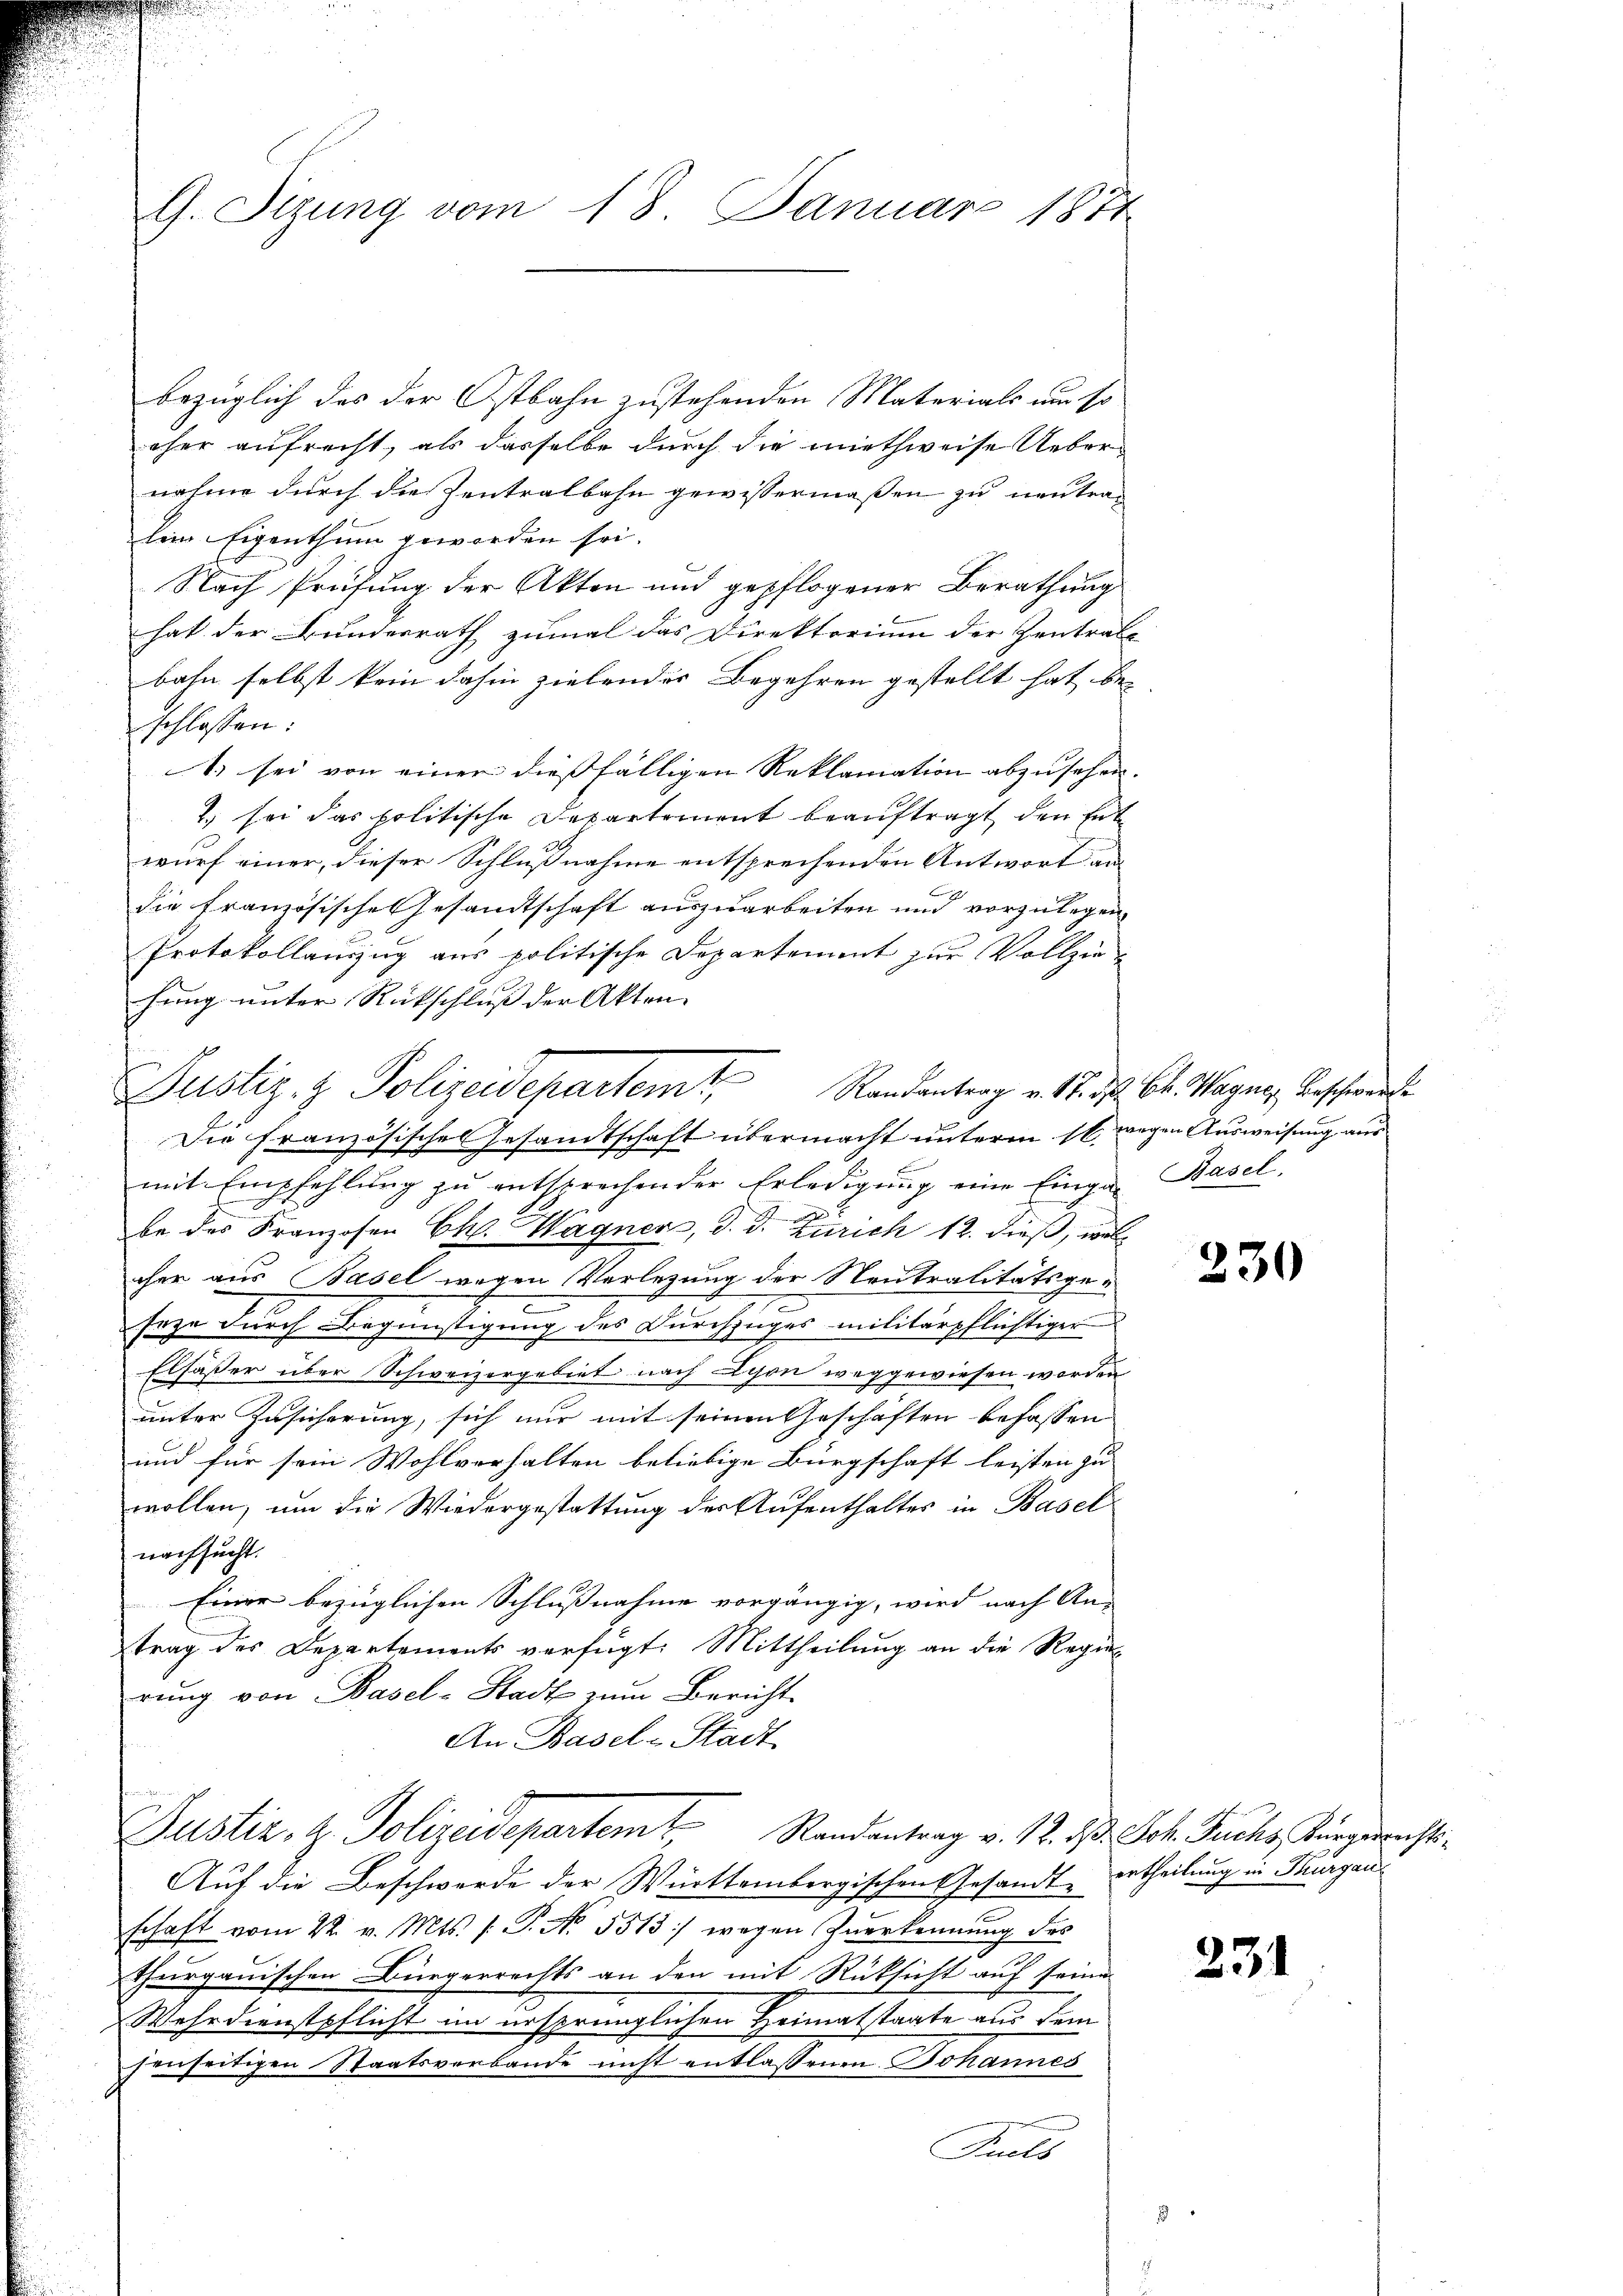
G. Sizung vom 18. Januar 1874

bezüglich das der Ostbahn zustehenden Materials um so
eher aufrecht, als dasselbe durch die miethweise Uebernahme durch die Zentralbahn gewissermaßen zu neutralein Eigenthum geworden sei.
Nach Prüfung der Akten und gepflogener Berathung
hat der Bundesrath zumal das Direktorium der Zentrale
bahn selbst kein dahin zielendes Begehren gestellt hat bei
schlossen:
1. sei von einer dießfälligen Reklamation abzusehen.
2) sei das politische Departement beauftragt, den Entwurf einer, dieser Schlußnahme entsprechenden Antwort an
die französische Gesandtschaft auszuarbeiten und vorzulegen,
Protokollauszug aus politische Departement zur Vollziehung unter Rückschluß der Akten. |
Die Französisches Gesandtschaft übermacht unterm 16. wegen Ausweisung aus
mit Empfehlung zu entsprechender Erledigung eine Einga Basel,
be des Franzosen Chl. Wagner, d. d. Zürich 12. dieß, welcher aus Basel wegen Vorlegung der Neutralitätsgee
Erze durch Begünstigung des Durchzuges militärpflichtiger
Elsässer über Schweizergebiet nach schon weggewiesen worden
unter Zusicherung, sich nur mit seinen Geschäften befassen
und für sein Wohlverhalten beliebige Bürgschaft leisten zu
wollen, um die Wiedergestattung der Aufenthaltes in Basel
nachsucht.
Einer bezüglichen Schlußnahme vorgängig, wird nach An-
trag des Departements verfügt: Mittheilung an die Regierung von Basel-Stadt zum Bericht
An Basel-Stadt
Justiz- & Polizeidepartamt
Randantrag v. 12. d. Joh. Fuchs Kurgerrechts¬
Auf die Beschwerde der Württembergischen Gesandte ertheilung in Thurgauschaft vom 22. v. Mts. s. P. Nr. 5513) wegen Zuerkennung des
thurgauischen Bürgerrechts an den mit Rücksicht auf seine
Wehrdienstpflicht im ursprünglichen Heimatstaate aus dem
jenseitigen Staatsverbande nicht entlassenen Johannes
Suels

Justiz- & Polizeidepartemt,

Randantrag v. 17. d. Ch. Wagne, Beschwerde

230

231